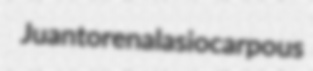
Juantorena lasiocarpous